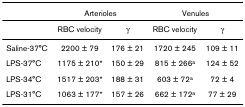
|  | <COLSPAN=2> Arterioles | <COLSPAN=2> Venules |
 | --- | --- | --- | --- | --- |
 |  | RBC velocity | γ | RBC velocity | γ |
 | Saline-37°C | 2200 ± 79 | 176 ± 21 | 1720 ± 245 | 109 ± 11 |
 | LPS-37°C | 1175 ± 210* | 150 ± 29 | 815 ± 266a | 124 ± 52 |
 | LPS-34°C | 1517 ± 203* | 188 ± 31 | 603 ± 72a | 72 ± 4 |
 | LPS-31°C | 1063 ± 177* | 157 ± 26 | 662 ± 172a | 77 ± 29 |